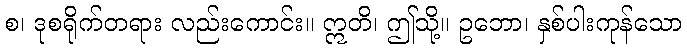
စ၊ ဒုစရိုက်တရား လည်းကောင်း။ ဣတိ၊ ဤသို့။ ဥဘော၊ နှစ်ပါးကုန်သော